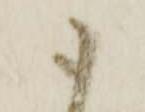
御